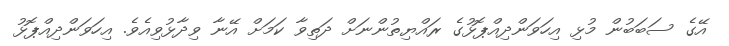
އޭގެ ސަބަބުން މުޅި އިހަވަންދިއްޕޮޅުގެ ރައްޔިތުންނަށް ދަތިވާ ކަމަށް އޭނާ ވިދާޅުވިއެވެ. އިހަވަންދިއްޕޮޅު